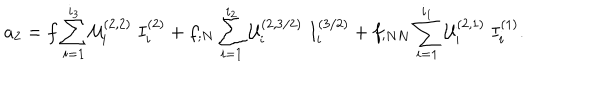
a _ { 2 } = f \sum _ { i = 1 } ^ { i _ { 3 } } { \cal U } _ { i } ^ { ( 2 , 2 ) } \; I _ { i } ^ { ( 2 ) } + f _ { ; N } \sum _ { i = 1 } ^ { i _ { 2 } } { \cal U } _ { i } ^ { ( 2 , 3 / 2 ) } \; I _ { i } ^ { ( 3 / 2 ) } + f _ { ; N N } \sum _ { i = 1 } ^ { i _ { 1 } } { \cal U } _ { i } ^ { ( 2 , 1 ) } \; I _ { i } ^ { ( 1 ) } .